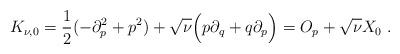
LaTeX: \begin{align*}K_{\nu,0}=\frac{1}{2}(-\partial_p^2+p^2)+\sqrt{\nu}\Big(p\partial_q+q\partial_p\Big)=O_p+\sqrt{\nu}X_{0}~.\end{align*}